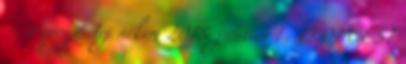
– Vapoyo Írj nekem 2018. június 1., 13:01 CEST